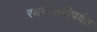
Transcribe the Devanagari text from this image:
रथसप्तमीपर्यंत